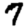
Digit: 7